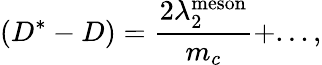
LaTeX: \left(D^{*}-D\right)={\frac{2\lambda_{2}^{\mathrm{meson}}}{m_{c}}}+...,